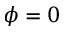
\phi = 0